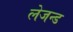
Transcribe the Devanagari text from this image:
लेजन्ड